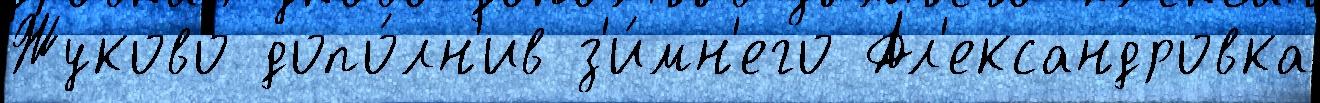
Жуково допо́лн'ив з'и́мн'его Ал'ександровка